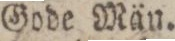
Gode Män.